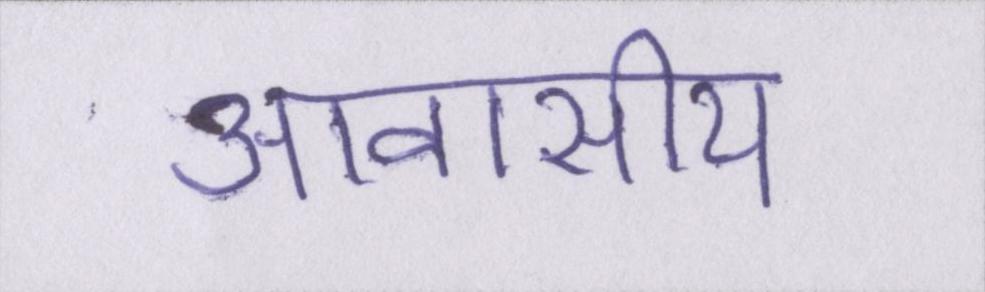
आवासीय